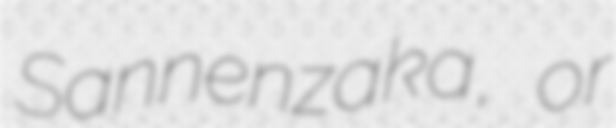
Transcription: Sannenzaka, or